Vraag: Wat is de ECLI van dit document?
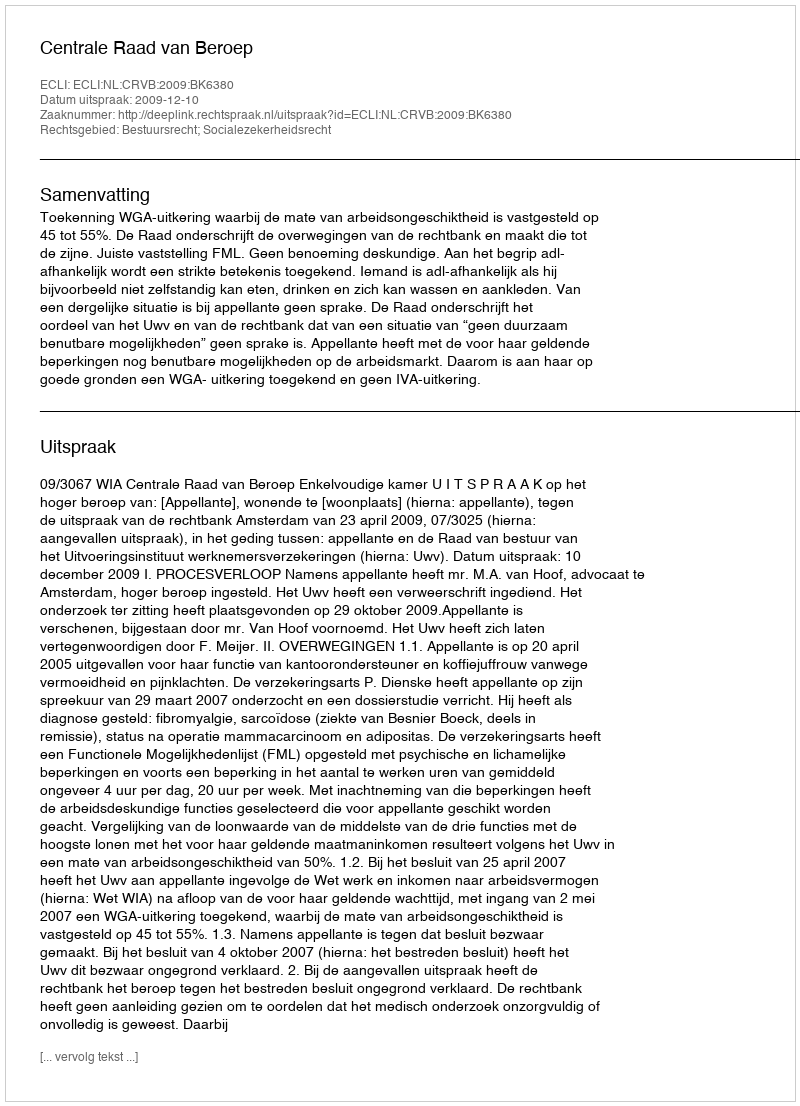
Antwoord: ECLI:NL:CRVB:2009:BK6380